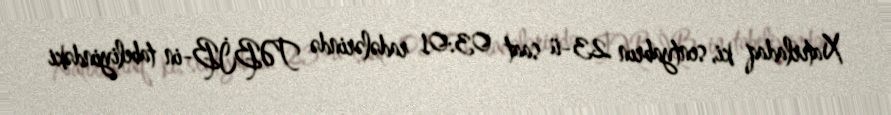
Xatırladaq ki, sentyabrın 23-ü saat 03:01 radələrində TƏBİB-in tabeliyindəki